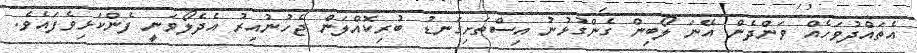
އެތައްދުވަހެއް ވަންދެން އޭނަ ލޯބިން ގެންގުޅުނު އިސްތަށިގަނޑު ބުރިކޮއްލަން ޖެހުނުއިރު އެދެލޯވަނީ ފެންކަޅިވެފައެވެ.